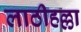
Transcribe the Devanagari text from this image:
लाठीहल्ला